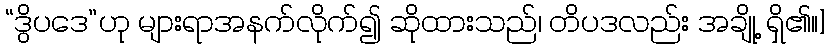
“ဒွိပဒေ”ဟု များရာအနက်လိုက်၍ ဆိုထားသည်၊ တိပဒလည်း အချို့ ရှိ၏။]